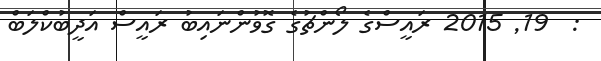
:  19